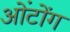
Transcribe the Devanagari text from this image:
ओंटोंग